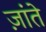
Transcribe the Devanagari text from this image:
ज़ांते